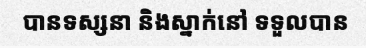
បានទស្សនា និងស្នាក់នៅ ទទួលបាន